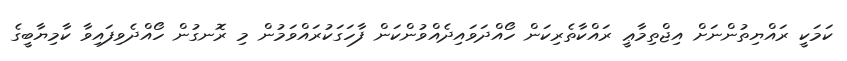
ކަމަކީ ރައްޔިތުންނަށް އިޖްތިމާޢީ ރައްކާތެރިކަން ހޯއްދަވައިދެއްވުންކަން ފާހަގަކުރައްވަމުން މި ރޮނގުން ހޯއްދެވިފައިވާ ކާމިޔާބީގެ